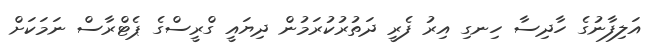
އަލިފާނުގެ ހާދިސާ ހިނގި އިރު ފެރީ ދަތުރުކުރަމުން ދިޔައީ ގްރީސްގެ ޕެޓްރާސް ނަމަކަށް